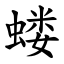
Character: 蝼